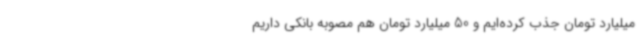
میلیارد تومان جذب کرده‌ایم و 50 میلیارد تومان هم مصوبه بانکی داریم